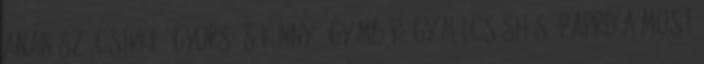
ananász, csirke, gyors és könnyű, gyömbér, gyümölcséshús, paprika Most